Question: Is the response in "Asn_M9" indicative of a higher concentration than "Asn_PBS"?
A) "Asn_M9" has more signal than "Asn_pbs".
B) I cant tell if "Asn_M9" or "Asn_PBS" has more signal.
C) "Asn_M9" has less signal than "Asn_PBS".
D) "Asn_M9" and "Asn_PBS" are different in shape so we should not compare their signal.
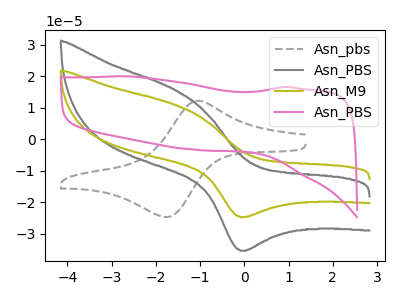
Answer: <think>The gray dashed curve "Asn_pbs" has an anodic peak at (-1.05V, 12.25uA) and a cathodic peak at (-1.75V, -24.75uA). The gray curve "Asn_PBS" has an anodic peak at (-1.55V, 15.70uA) and a cathodic peak at (-0.10V, -35.45uA). The olive curve "Asn_M9" has an anodic peak at (-1.55V, 11.00uA) and a cathodic peak at (-0.10V, -24.75uA). The pink curve "Asn_PBS" has no peaks.
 All the peaks in "Asn_M9" have a peak in "Asn_PBS" at the same potential. Every peak in "Asn_M9" is lower than every peak in "Asn_PBS".</think>
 <answer>C) "Asn_M9" has less signal than "Asn_PBS".</answer>
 <eval>C</eval>